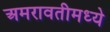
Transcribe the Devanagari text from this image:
अमरावतीमध्ये